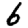
Digit: 6